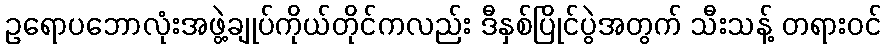
ဥရောပဘောလုံးအဖွဲ့ချုပ်ကိုယ်တိုင်ကလည်း ဒီနှစ်ပြိုင်ပွဲအတွက် သီးသန့် တရားဝင်